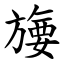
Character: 㫏